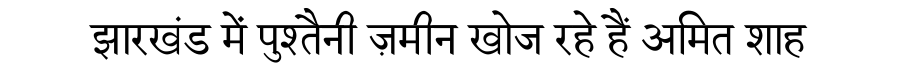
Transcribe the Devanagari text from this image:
झारखंड में पुश्तैनी ज़मीन खोज रहे हैं अमित शाह